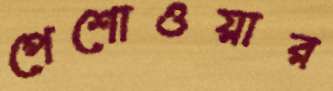
পেশোওয়ার